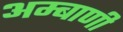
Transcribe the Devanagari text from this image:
अम्बाणी